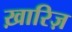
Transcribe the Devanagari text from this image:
ख़ारिज़